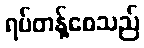
ရပ်တန့်စေသည်